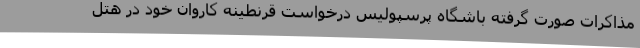
مذاکرات صورت گرفته باشگاه پرسپولیس درخواست قرنطینه کاروان خود در هتل